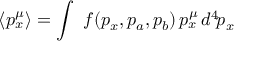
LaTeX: \langle p _ { x } ^ { \mu } \rangle = \int \ f ( p _ { x } , p _ { a } , p _ { b } ) \, p _ { x } ^ { \mu } \, d ^ { 4 } \! p _ { x }